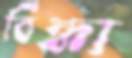
বিন্ধা